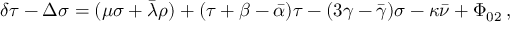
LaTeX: \delta \tau - \Delta \sigma = ( \mu \sigma + { \bar { \lambda } } \rho ) + ( \tau + \beta - { \bar { \alpha } } ) \tau - ( 3 \gamma - { \bar { \gamma } } ) \sigma - \kappa { \bar { \nu } } + \Phi _ { 0 2 } \, ,